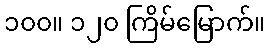
၁၀၀။ ၁၂၀ ကြိမ်မြောက်။